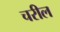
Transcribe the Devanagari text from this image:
चरील